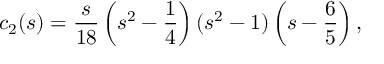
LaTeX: c _ { 2 } ( s ) = \frac { s } { 1 8 } \left( s ^ { 2 } - \frac { 1 } { 4 } \right) ( s ^ { 2 } - 1 ) \left( s - \frac { 6 } { 5 } \right) { , }